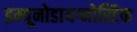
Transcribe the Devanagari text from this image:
इम्यूनोडायग्नोस्टिक